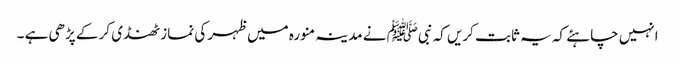
انہیں چاہئے کہ یہ ثابت کریں کہ نبیﷺ نے مدینہ منورہ میں ظہر کی نماز ٹھنڈی کر کے پڑھی ہے ۔